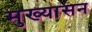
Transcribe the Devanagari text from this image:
मुख्यासन